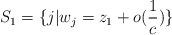
LaTeX: \begin{align*}S_{1}=\{j|w_{j}=z_{1}+o (\frac{1}{c})\}\end{align*}